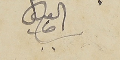
العنيسي سرحال